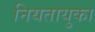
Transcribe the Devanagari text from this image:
नियतायुका